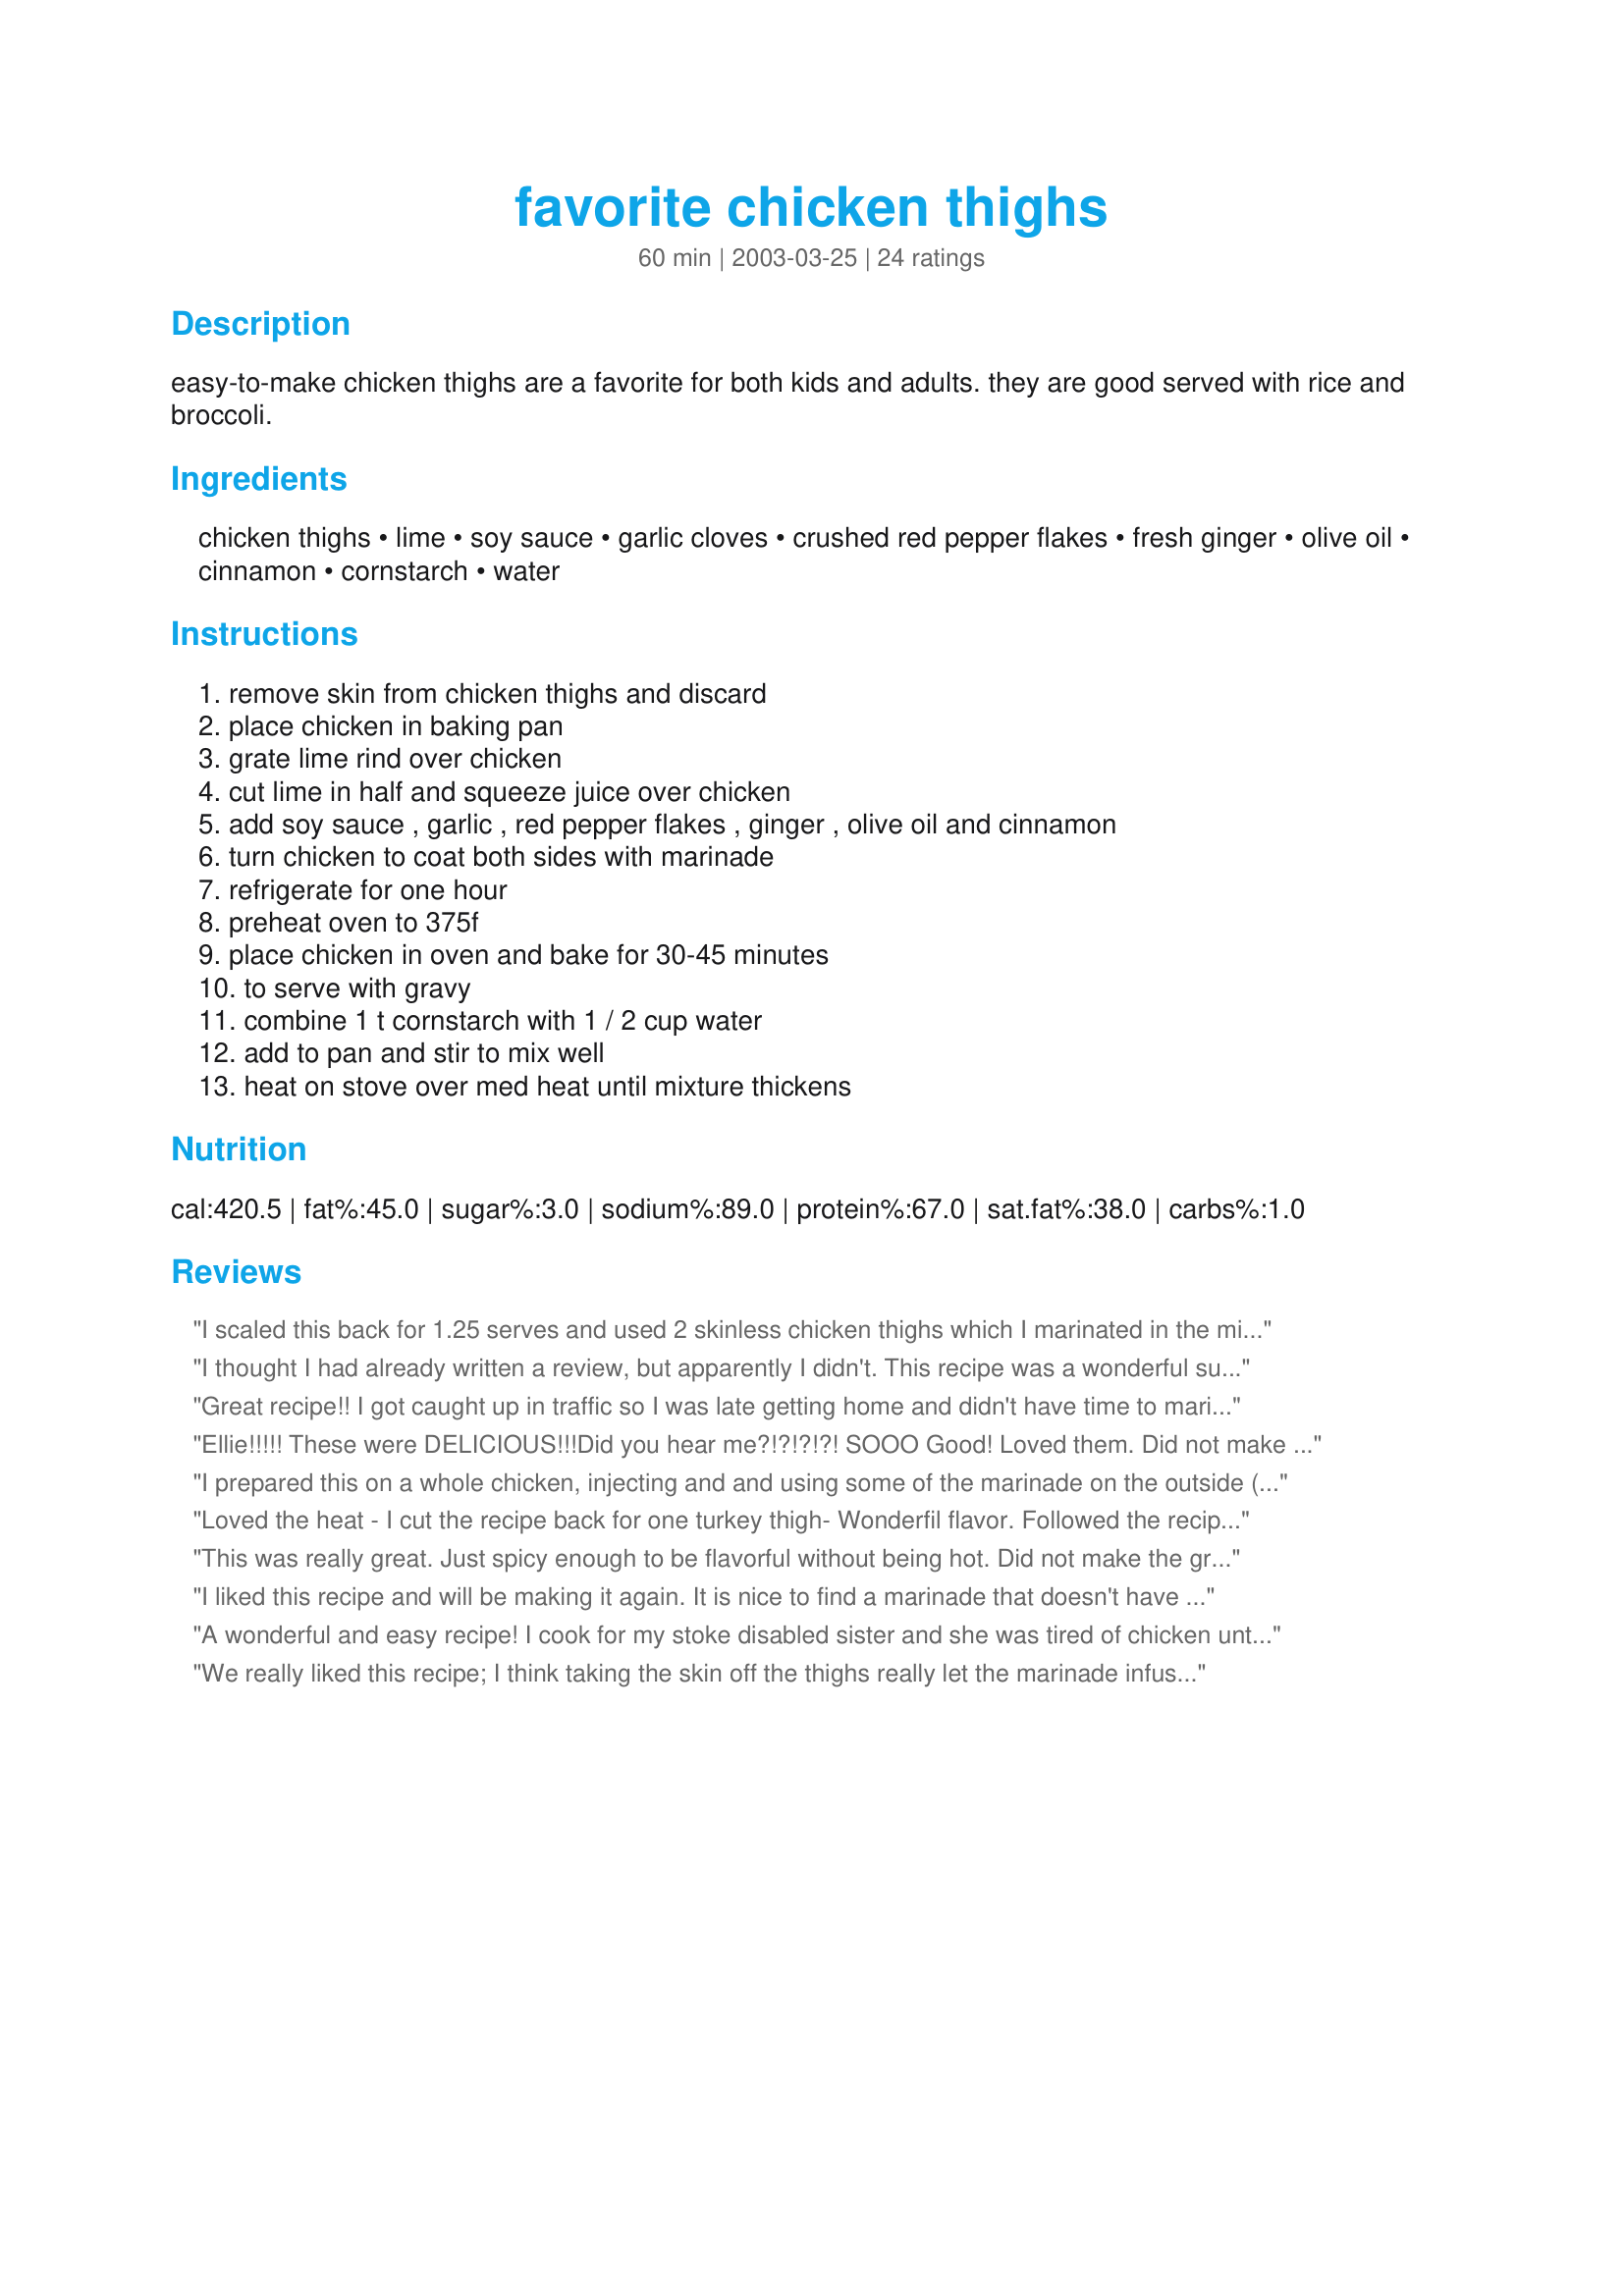
favorite chicken thighs
Preparation time: 60 minutes

easy-to-make chicken thighs are a favorite for both kids and adults. they are good served with rice and broccoli.

Ingredients:
chicken thighs, lime, soy sauce, garlic cloves, crushed red pepper flakes, fresh ginger, olive oil, cinnamon, cornstarch, water

Steps:
remove skin from chicken thighs and discard, place chicken in baking pan, grate lime rind over chicken, cut lime in half and squeeze juice over chicken, add soy sauce , garlic , red pepper flakes , ginger , olive oil and cinnamon, turn chicken to coat both sides with marinade, refrigerate for one hour, preheat oven to 375f, place chicken in oven and bake for 30-45 minutes, to serve with gravy, combine 1 t cornstarch with 1 / 2 cup water, add to pan and stir to mix well, heat on stove over med heat until mixture thickens

Reviews:
I scaled this back for 1.25 serves and used 2 skinless chicken thighs which I marinated in the mixture for about 4 hours but as the ovens were full and the stove top was empty I sauted them off in a small skillet for about 10 minutes total and the DM thoroughly enjoyed just as we did our hot curry beef pies. Thank you ellie_, made for Name that Ingredient tag game.
I thought I had already written a review, but apparently I didn't. <br/>This recipe was a wonderful surprise! I had my nieces and one of my nephews over (7,8,10) and they are the pickiest eaters ever-and they don't like the same things. I was SHOCKED when all three of them devoured these, even with the little bit of spice on it. I made them with chicken drumsticks, skin on, so the kids could pull it off and take down the spice a notch if they wanted. I made 10 total, in addition to a pizza and some roasted pork (again- pickiest kids ever- I always have to have more than 1 thing or someone will refuse to eat), and everything else was more or less untouched. More left overs for me and the hubby, but still! We also thought this recipe was great for us. <br/><br/>Forced alterations, which turned out great:<br/>I didn't make gravy, and I substituted all spice for ginger as I discovered I was out mid-cooking.
Great recipe!! I got caught up in traffic so I was late getting home and didn't have time to marinate for the full hour but otherwise I followed the recipe exactly and it was super! Will be doing this one again for sure. Thanks!
Ellie!!!!! These were DELICIOUS!!!Did you hear me?!?!?!?! SOOO Good! Loved them. Did not make the gravy, just used the juice left in the pan. I made some sauteed bok choy and rice with this wonderful dish. Thank you so much for this wonderful recipe!
I prepared this on a whole chicken, injecting and and using some of the marinade on the outside (along with the lime). I let it sit in the fridge for 2 hours and baked. Delicious!
 Loved the heat - I cut the recipe back for one turkey thigh- Wonderfil flavor. Followed the recipe but did not make gravy- Thanks ellie2 for a very flavorful, spicy, but not too spicy recipe — posted Nov 26, 2004

This was really great. Just spicy enough to be flavorful without being hot. Did not make the gravy. Highyly recommend
I liked this recipe and will be making it again. It is nice to find a marinade that doesn't have sugar, honey, maple syrup etc. I made it as directed.
A wonderful and easy recipe! I cook for my stoke disabled sister and she was tired of chicken until I found this recipe. She asks for it often. Even thinks her big brother is becoming a good cook. Thanks!
We really liked this recipe; I think taking the skin off the thighs really let the marinade infuse the meat. Who would have thunk cinnamon would add such a depth to this rather normal soy marinade! I did not make the gravy. Thanks, ellie!
I'm not going to rate this, but of all the recipes I have tried here this was my least favorite. I really did not like the flavor of this dish, I took a couple of bites and that was enough. I don't see how children would like this, the flavor is so intense, children for the most part just like simple taste. My husband did say he liked it and asked me not to throw the left over chicken out, so I won't. Different taste for different people. This really is not a simple tasting dish but the chicken did come out tender.
Even thou my son read the amount of red pepper wrong BY 6 TIMES the amount called for. It was still very good!! I liked the light taste of lime, ginger and the right amount of heat for me! I used low sodium soy sauce and marinaded the hind quarters for 7 hours. I will be using this one again!! Even with 1 Tablespoon of red pepper.
this sounds and looks yummy, i think i will make it for dinner tonite!
This had so much flavor! I wasn't able to eat it that day, so I just left it in the fridge and cooked it the next day. It had great flavor without the sauce, but I still decided to make it. I used arrowroot to thicken it instead of cornstarch.
My picky family really liked this recipe. We all liked the lime/ginger flavor, and we just loved the red pepper flakes. In fact, we may use more pepper next time. I will use a little less soy sauce, though, because I thought it was a little salty. I didn't make the gravy - didn't need it. Thanks for sharing, ellie2.
Made as directed. IMHO, needs a sweetener, and will add a bit of honey, sugar or sweet-n-low next time. Made the gravy - very nice.
These were good, a little hotter than we like. Another time I would cut way down on the pepper flakes . Really like the lime flavour and I think the red pepper overpowered it. I think the garlic, ginger and cinnamon is enough, and a good combination, giving a lot of flavour. I served it without the gravy, may try the gravy next time. Thanks for sharing.
A delicious and delightfully easy recipe to prepare... I got a great deal on leg quarters at the grocery store and this recipe was exactly what I was craving... The marinade smelled heavenly when I mixed it up and as the chicken was baking in the oven, it absolutely drove my BF and I nuts!!! I only marinaded for about an hour this time but I think I will marinade it just a little longer next time... My chicken thighs were done in about 35 minutes and came out really moist and tender. I also did not make the gravy... I don't think it really needed it... the flavor was just terrific! I served it with some steamed broccoli and Recipe #103529... My BF said it was one of the best chicken dishes he has tasted... Thanks!!!
We really liked this recipe. The flavor combination was unusual and not too overpowering. So simple to prepare and the thighs were tender and juicy. I&#039;m looking forward to the leftovers. Thanks for sharing the recipe.
Very good. Very tasty and easy to make. My husband was able to make it, and he never cooks.
Fabulous! My DH has now asked me to make this marinade for different kinds of meat. We marinated steaks in it last night and it was even better than the chicken thighs, but the thighs were awesome I have to say! Thank you for sharing!!
My husband gave this recipe two thumbs up! I made half thighs and half drumsticks and cut back the red pepper flakes to 1/8 of a teaspoon. I like a little spice but my stomach is very sensitive so I have to take that into consideration. It made a nice meal served with rice and green beans. Thanks for sharing!
This was an excellent chicken thigh recipe that My family would love me to make again. It is similar to a recipe I've used in the past stewing the chicken on top of the stove, however the ginger and cinnamon are quite an unexpected pleasure! I didn't have the red pepper flakes, so instead I added some chopped onion. I didn't bother with the gravy either, as I served it with the Baked Garlic Rice pilaf recipe, but I think it would be great if I served it with mashed potatoes. This was a great Recipe, thanks for sharing it!
Very good, easy recipe. Will make again for company. Good served with fried rice.
